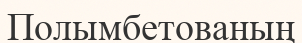
Полымбетованың